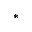
^ { * }